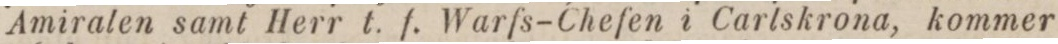
Amiralen samt Herr t. f. Warfs-Chefen i Cartskrona, kommer